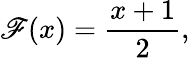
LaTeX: \mathscr{F}(x)={\frac{{x+1}}{{2}}},